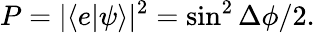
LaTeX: P=|\langle e|\psi\rangle|^{2}=\sin^{2}\Delta\phi/2.